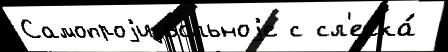
Самопроjизвольноjе с сл'егка́